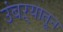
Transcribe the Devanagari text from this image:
उंबऱ्यातून